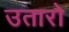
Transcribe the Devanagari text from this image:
उतारो